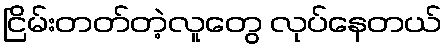
ငြိမ်းတတ်တဲ့လူတွေ လုပ်နေတယ်